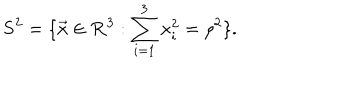
LaTeX: { \bf S } ^ { 2 } = \{ \vec { x } \in { \bf R } ^ { 3 } : \sum _ { i = 1 } ^ { 3 } x _ { i } ^ { 2 } = { \rho } ^ { 2 } \} .